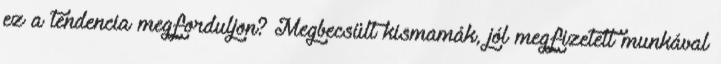
ez a tendencia megforduljon? Megbecsült kismamák, jól megfizetett munkával